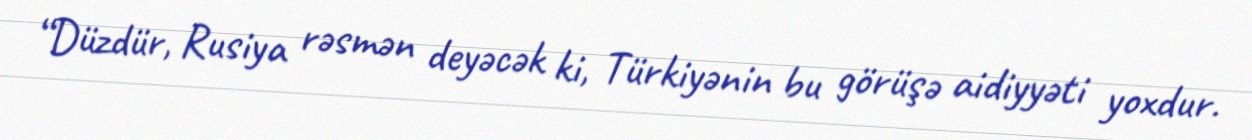
“Düzdür, Rusiya rəsmən deyəcək ki, Türkiyənin bu görüşə aidiyyəti yoxdur.